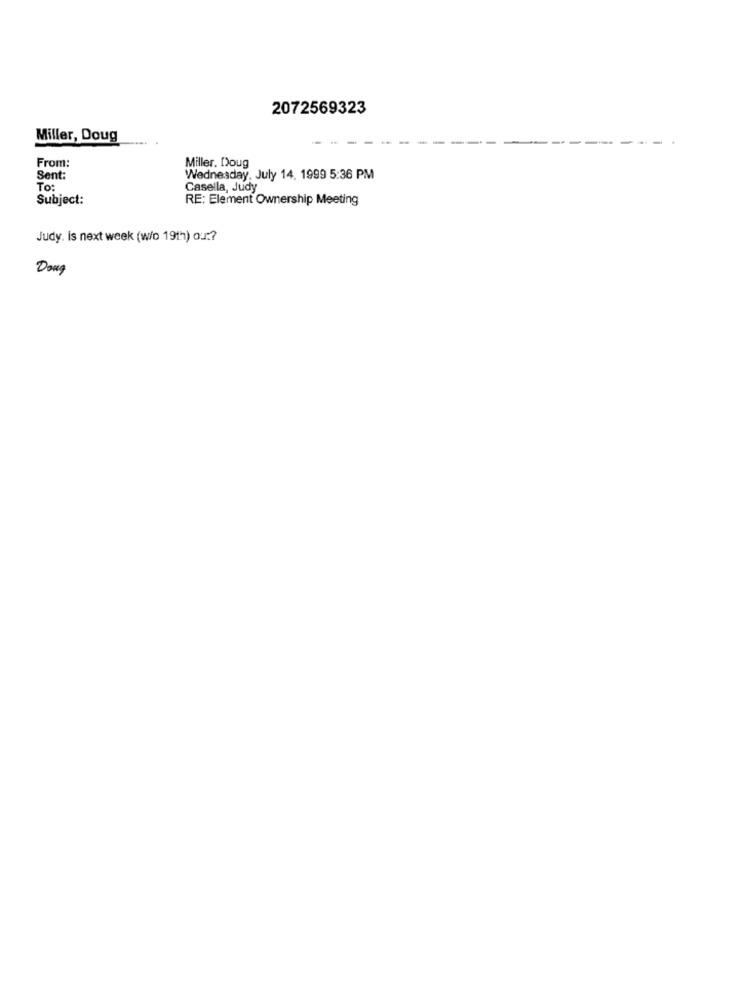
2072569323
Miller, Doug
From:
Miller. Doug
Sent:
Wednesday, July 14. 1999 5:36 PM
To:
Casella, Judy
Subject:
RE: Element Ownership Meeting
Judy. is next week (w/o 19th) ou :?
Doug